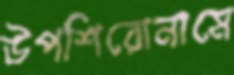
উপশিরোনামে